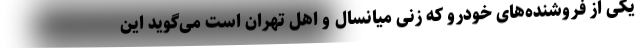
یکی از فروشنده‌های خودرو که زنی میانسال و اهل تهران است می‌گوید این